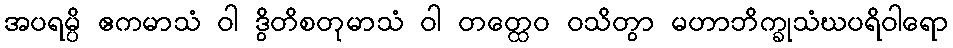
အပရမ္ပိ ဧကမာသံ ဝါ ဒွိတိစတုမာသံ ဝါ တတ္ထေဝ ဝသိတွာ မဟာဘိက္ခုသံဃပရိဝါရော